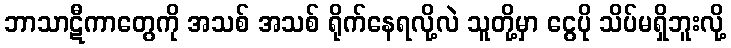
ဘာသာဋီကာတွေကို အသစ် အသစ် ရိုက်နေရလို့လဲ သူတို့မှာ ငွေပို သိပ်မရှိဘူးလို့